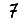
Digit: 7